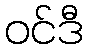
ဝင်ဒီ